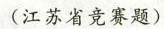
(江苏省竞赛题)